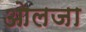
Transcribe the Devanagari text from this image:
ओलजा